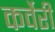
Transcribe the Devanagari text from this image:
कर्वेरी